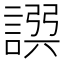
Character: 𧩿